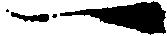
一